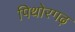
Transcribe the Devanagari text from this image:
पिथोरगढ़